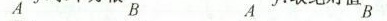
A B A B